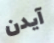
آيدن